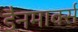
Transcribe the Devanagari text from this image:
डैनमार्क्स